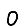
Digit: 0